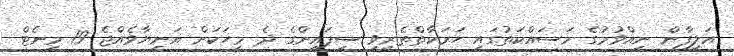
އަލިފާން ނިއްވުމުގެ މަސައްކަތުގައި ހަރަކާތްތެރިވި ސިފައިންގެ ދެ މީހަކަށް އަނިޔާވެއްޖެ 19 މިނެޓް